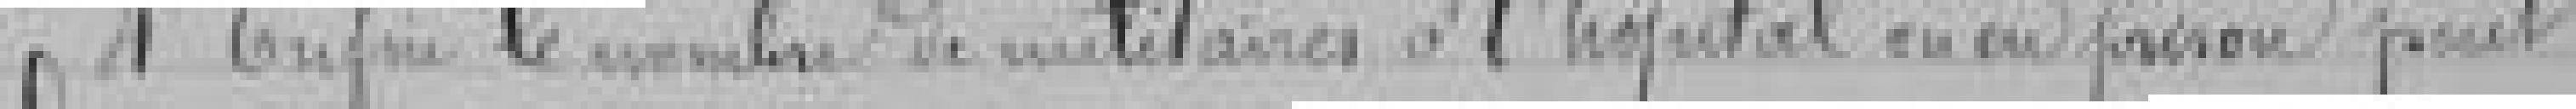
4° Enfin le nombre de militaires à l'hôpital ou en prison peut